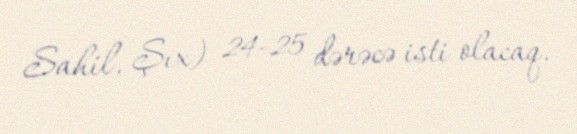
Sahil, Şıx) 24-25 dərəcə isti olacaq.